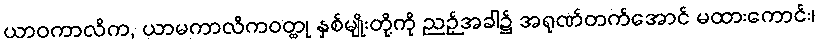
ယာဝကာလိက, ယာမကာလိကဝတ္ထု နှစ်မျိုးတို့ကို ညဉ့်အခါ၌ အရုဏ်တက်အောင် မထားကောင်း၊